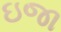
ઇજા